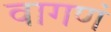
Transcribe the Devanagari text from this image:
वागणं